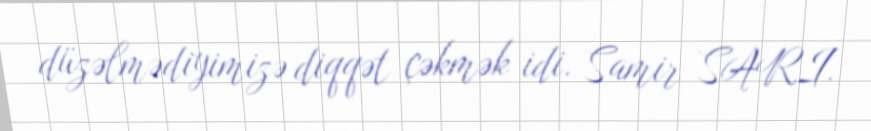
düzəlmədiyimizə diqqət çəkmək idi. Samir SARI.